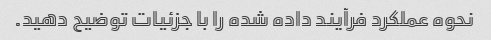
نحوه عملکرد فرآیند داده شده را با جزئیات توضیح دهید.